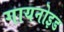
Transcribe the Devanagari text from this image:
गायनोइड